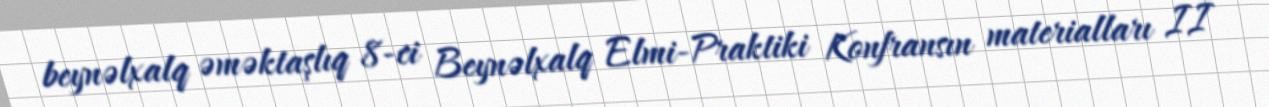
beynəlxalq əməktaşlıq 8-ci Beynəlxalq Elmi-Praktiki Konfransın materialları II